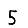
Digit: 5